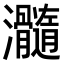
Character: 𤅵